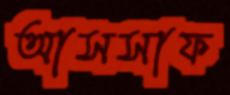
আসসাফ